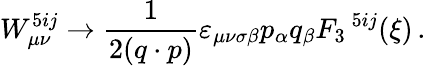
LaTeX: W_{\mu\nu}^{5ij}\rightarrow\frac{1}{2(q\cdot p)}\varepsilon_{\mu\nu\sigma\beta}p_{\alpha}q_{\beta}F_{3}\, ^{5ij}(\xi)\, .